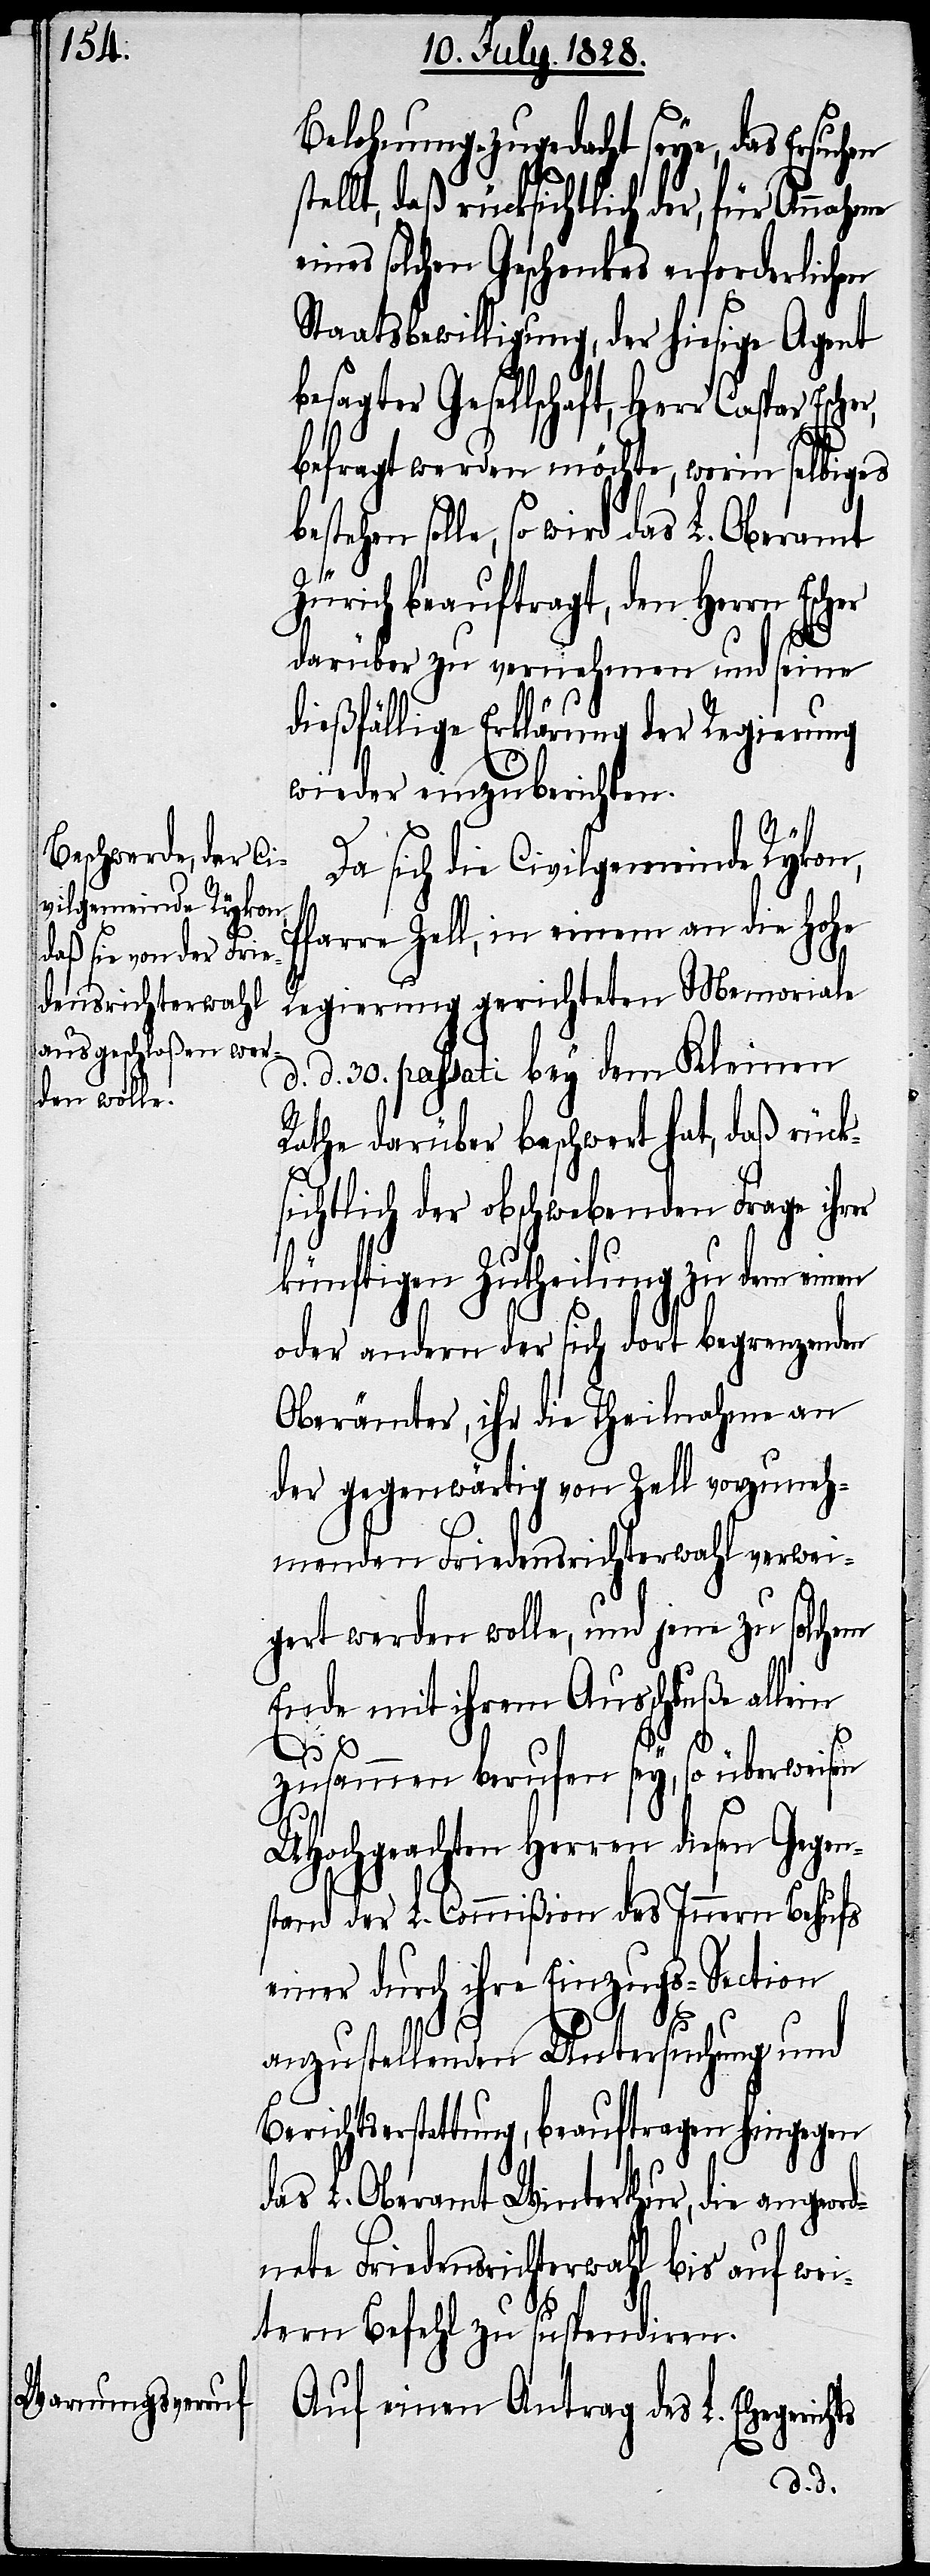
Belehnung zugedacht seye, das Ersuchen
tellt, daß rücksichtlich der, für
eines solchen Geschenkes erforderlichen
Staatsbewilligung, der hiesige Agent
besagter Gesellschaft, Herr Caspar
befragt werden möchte, worin selbiges
solle, so wird das L. Oberamt
ürich beauftragt, den Herrn
darüber zu vernehmen und seine
dießfällige Erklärung der Regierung
wieder einzuberichten.
Da sich die Civilgemeinde Rykon,
Pfarre Zell, in einem an die Hohe
Regierung gerichteten Memoriale
d. d. 30. passati bey dem Kleinen
Rathe darüber beschwert hat, daß rück¬
sichtlich der obschwebenden Frage ihrer
künftigen Zutheilung zu dem ein¬
oder andern der sich dort begrenzenden
Oberämter, ihr die Theilnahme an
der gegenwärtig von Zell vorzuneh¬
menden Friedensrichterwahl verwei¬
gert werden wolle, und jene zu solchem
Ende mit ihrem Ausschluße allein
ts
zusammen berufen sey, so überweisen
UHHochgeachten Herren diesen Gegen¬
stand der L. Commißion des Innern Behufs
einer durch ihre Einzugs-Section
anzustellenden Untersuchung und
Berichtserstattung, beauftragen hingegen
das L. Oberamt Winterthur, die angeord¬
nete Friedensrichterwahl bis auf wei¬
tern Befehl zu suspendiren.
Auf einen Antrag des L. Ehegerich¬